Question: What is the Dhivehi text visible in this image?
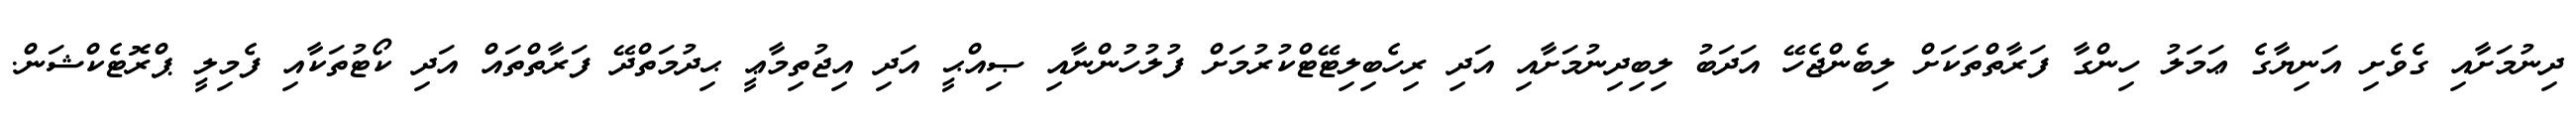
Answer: ދިނުމަށާއި ގެވެށި އަނިޔާގެ ޢަމަލު ހިންގާ ފަރާތްތަކަށް ލިބެންޖެހޭ އަދަބު ލިބިދިނުމަށާއި އަދި ރިހެބިލިޓޭޓްކުރުމަށް ފުލުހުންނާއި ޞިއްޙީ އަދި އިޖުތިމާޢީ ޙިދުމަތްދޭ ފަރާތްތައް އަދި ކޯޓުތަކާއި ފެމިލީ ޕްރޮޓެކްޝަން.